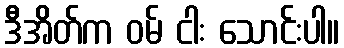
ဒီအိတ်က ဝမ် ငါး သောင်းပါ။